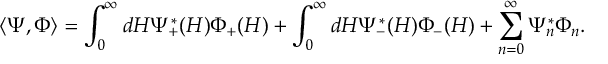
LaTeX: \langle \Psi , \Phi \rangle = \int _ { 0 } ^ { \infty } d H \Psi _ { + } ^ { * } ( H ) \Phi _ { + } ( H ) + \int _ { 0 } ^ { \infty } d H \Psi _ { - } ^ { * } ( H ) \Phi _ { - } ( H ) + \sum _ { n = 0 } ^ { \infty } \Psi _ { n } ^ { * } \Phi _ { n } .